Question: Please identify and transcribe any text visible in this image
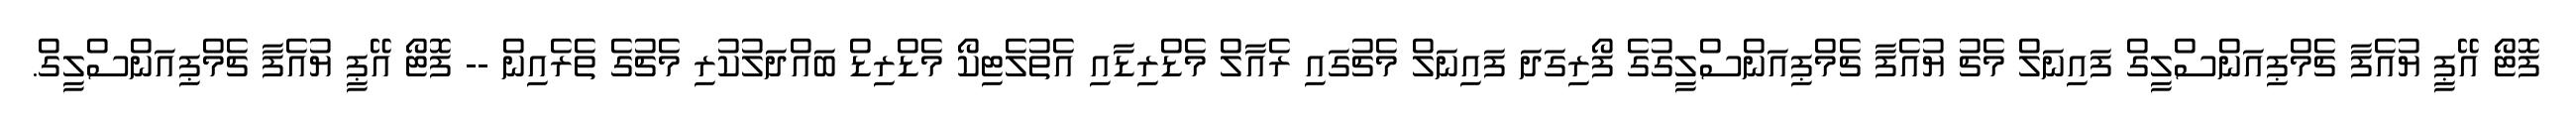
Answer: ފޮޓޯ އޭޕީ ޔުއެފާ ޗެމްޕިއަންސްލީގް ފައިނަލް މެޗު ޔުއެފާ ޗެމްޕިއަންސްލީގުގެ ފޯރިގަދަ ފައިނަލް މެޗުގައި ރެއާލް މެޑްރިޑާއި އެތުލެޓިކޯ މެޑްރިޑް ބައްދަލުކުރި މެޗުގެ ތެރެއިން -- ފޮޓޯ އޭޕީ ޔުއެފާ ޗެމްޕިއަންސްލީގް.